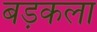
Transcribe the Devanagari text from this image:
बड़कला